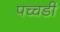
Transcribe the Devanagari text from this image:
पच्चडी